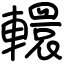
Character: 轘